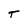
Character: T